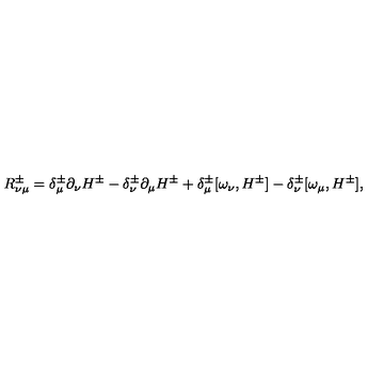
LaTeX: R _ { \nu \mu } ^ { \pm } = \delta _ { \mu } ^ { \pm } \partial _ { \nu } H ^ { \pm } - \delta _ { \nu } ^ { \pm } \partial _ { \mu } H ^ { \pm } + \delta _ { \mu } ^ { \pm } [ \omega _ { \nu } , H ^ { \pm } ] - \delta _ { \nu } ^ { \pm } [ \omega _ { \mu } , H ^ { \pm } ] ,